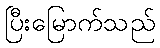
ပြီးမြောက်သည်